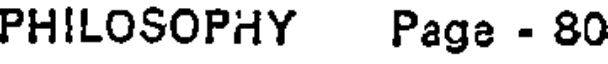
PHILOSOPHY Page - 80